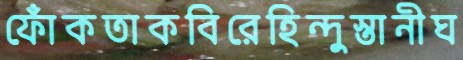
ফোঁকতাকবিরেহিন্দুস্তানীঘ